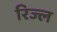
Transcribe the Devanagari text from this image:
रिज्ल